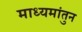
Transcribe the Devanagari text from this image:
माध्यमांतुन